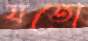
যতো